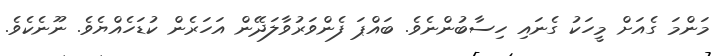
މަންމަ ގެއަށް މީހަކު ގެނައި ހިސާބުންނެވެ. ބައްޕަ ފެންވަރުވާލަދޭން އަހަރެން ކުޑަހެއްޔެވެ. ނޫނެކެވެ.